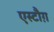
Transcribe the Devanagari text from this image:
एस्टौग़